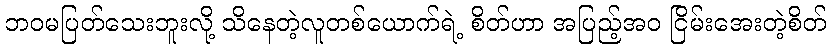
ဘဝမပြတ်သေးဘူးလို့ သိနေတဲ့လူတစ်ယောက်ရဲ့ စိတ်ဟာ အပြည့်အဝ ငြိမ်းအေးတဲ့စိတ်